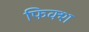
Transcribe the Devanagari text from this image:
फिक्श